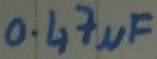
Text: 0.47µF